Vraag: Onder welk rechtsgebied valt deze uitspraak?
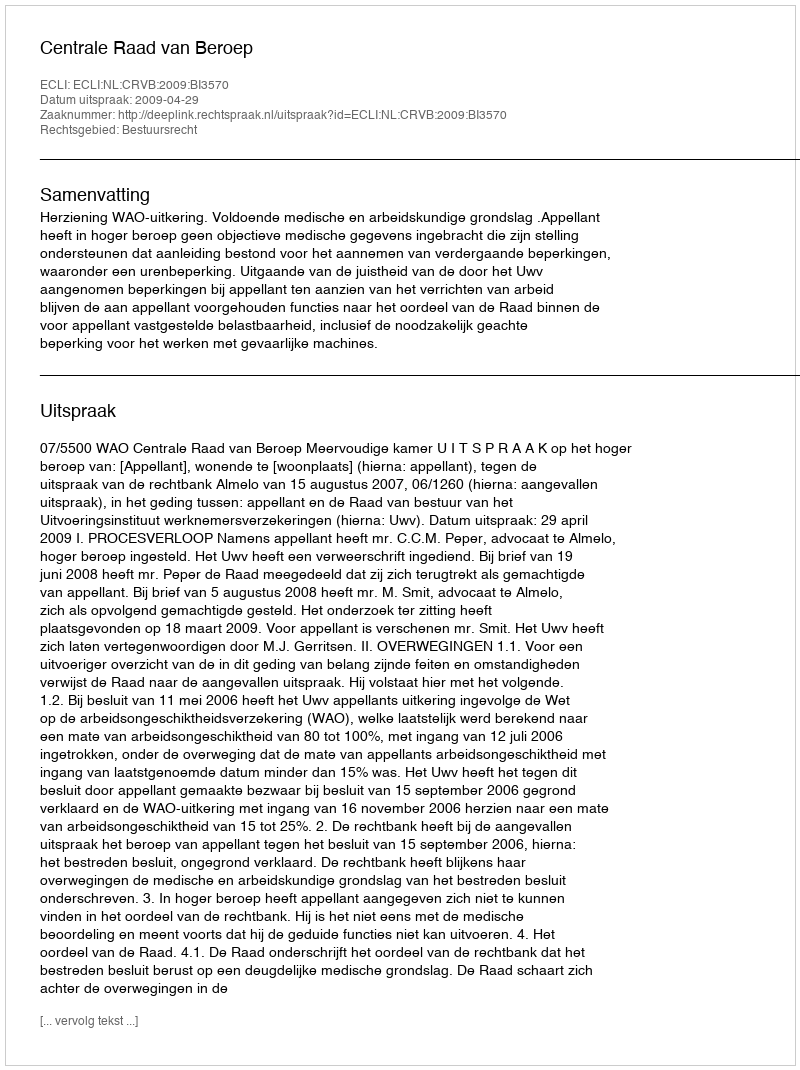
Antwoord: Bestuursrecht